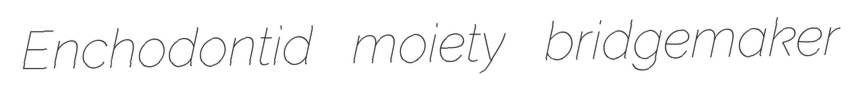
Enchodontid moiety bridgemaker